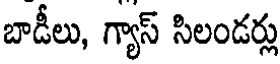
బాడీలు, గ్యాస్ సిలండర్లు